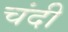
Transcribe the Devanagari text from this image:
चंदी